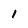
Character: I